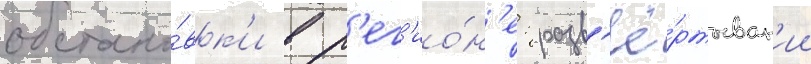
обстано́вк'и в р'ег'ио́н'е: разв'ё́ртыван'ии